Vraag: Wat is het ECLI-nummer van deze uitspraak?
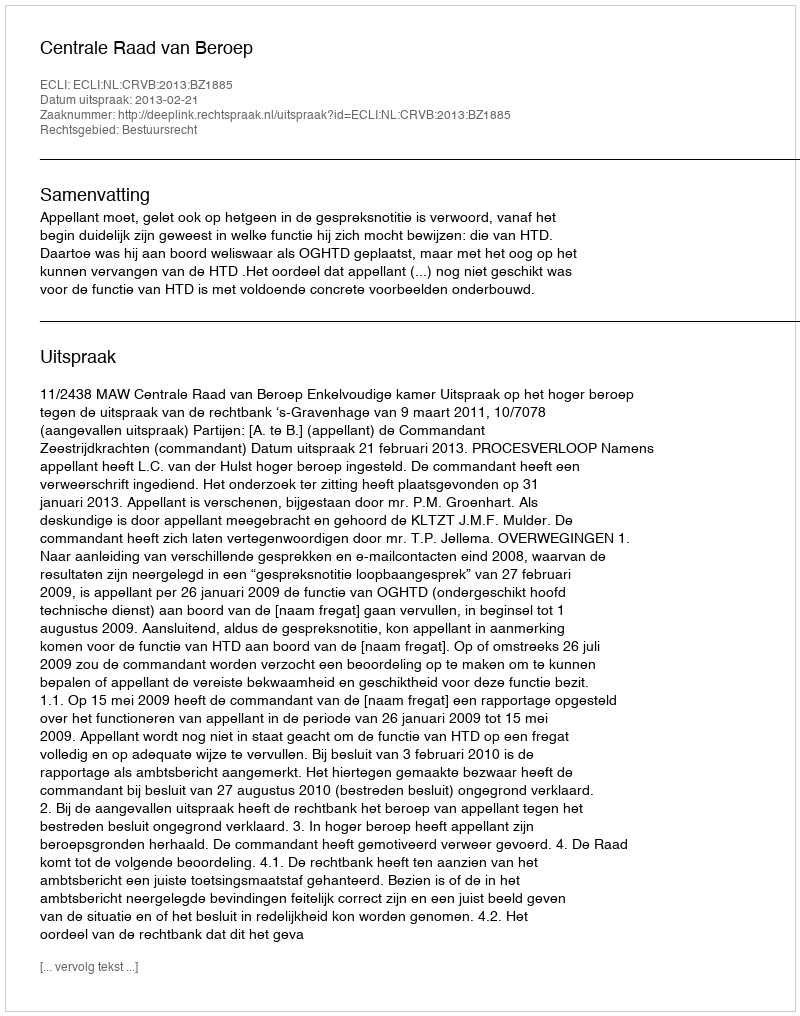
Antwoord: ECLI:NL:CRVB:2013:BZ1885